NAE_ERA_R-30_Eesti_Riiklik_Spordiamet, lk 30
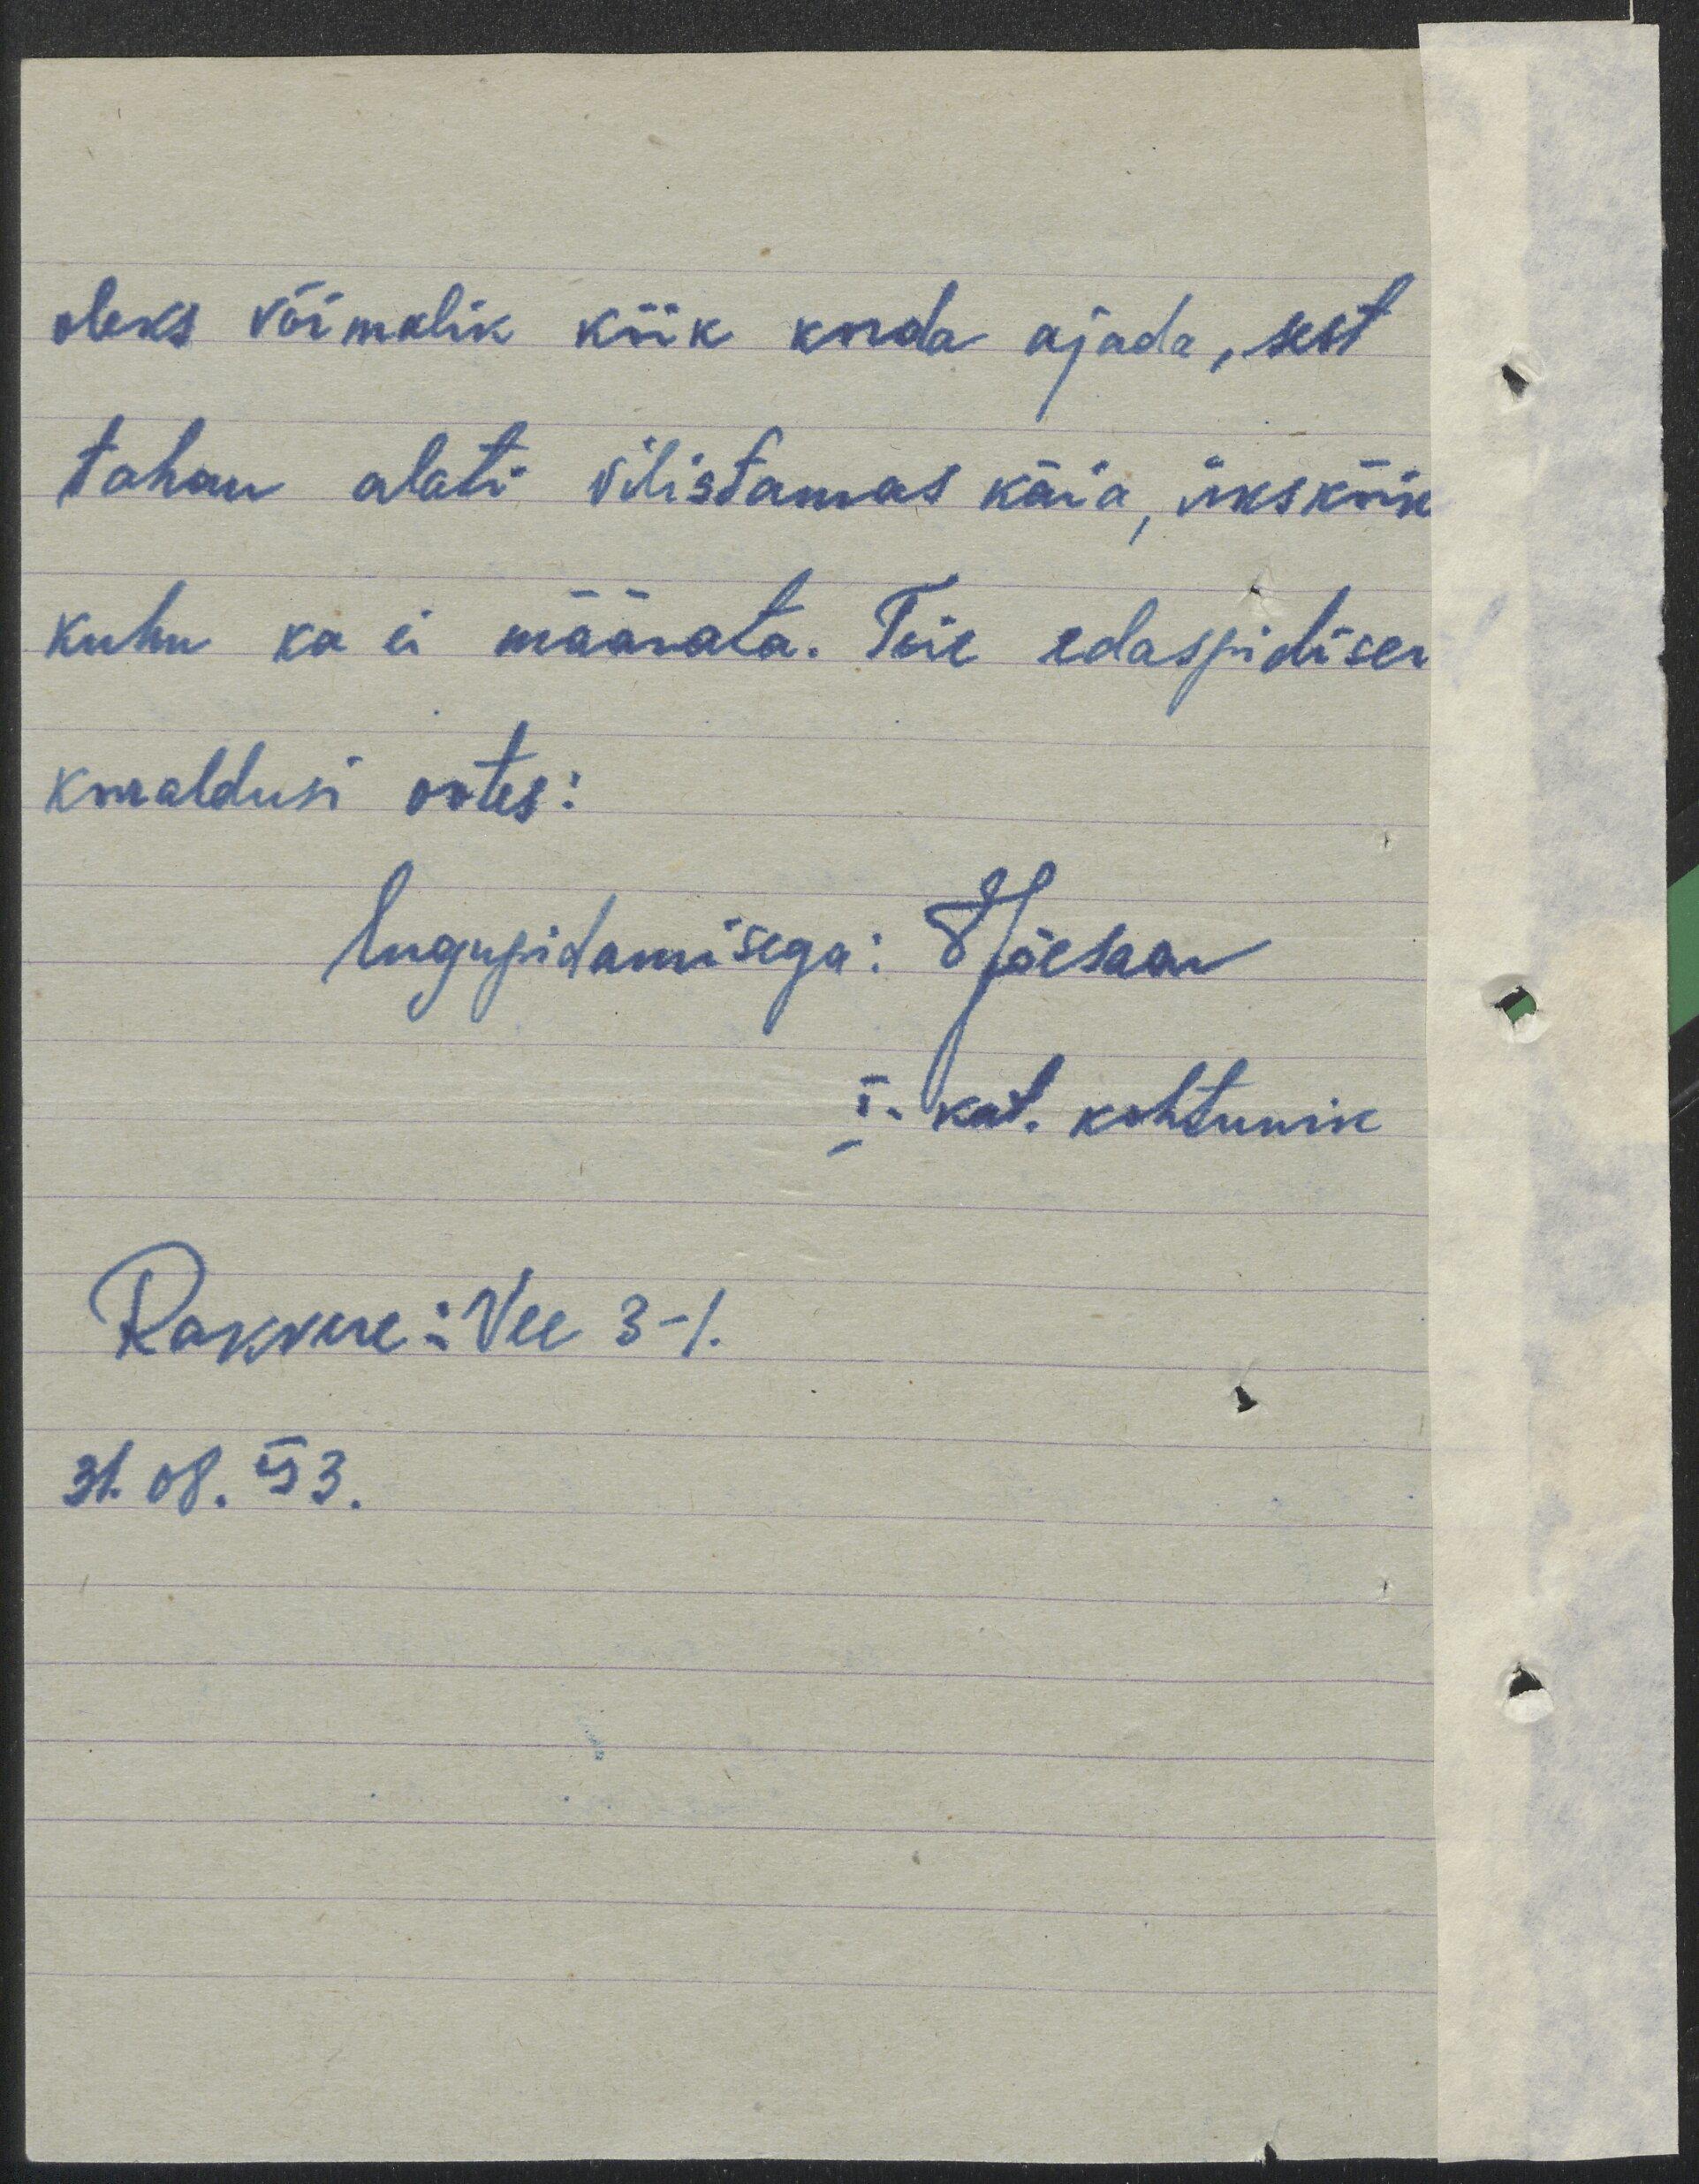
oleks võimalik kõik korda ajada, sest
tahan alati vilistamas käia, ükskõik
kuhu ka ei määrata. Teie edaspidiseid
korraldusi ootes:
lugupidamisega: EJõesaar
I-kat. kohtunik
Rakvere: Vee 3-1.
31.08.53.